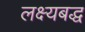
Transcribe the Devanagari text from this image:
लक्ष्यबद्ध